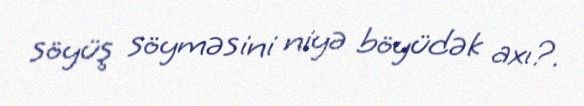
söyüş söyməsini niyə böyüdək axı?.